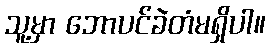
သူ့မှာ ဘောပင်ခဲတံမရှိပါ။